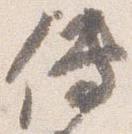
伝